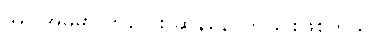
အပြုအမူမှာ ကလေး ဆန်နေ ကြခြင်းဖြစ်တယ်။